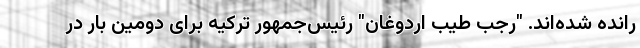
رانده شده‌اند. "رجب طیب اردوغان" رئیس‌جمهور ترکیه برای دومین بار در